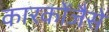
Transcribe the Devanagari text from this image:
कारकोंजैसे